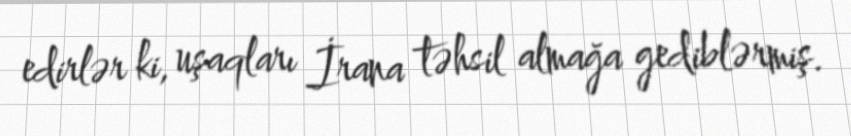
edirlər ki, uşaqları İrana təhsil almağa gediblərmiş.